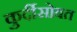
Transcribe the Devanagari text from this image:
कुर्दीसोबत